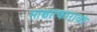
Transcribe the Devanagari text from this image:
साक्षात्कारावर